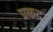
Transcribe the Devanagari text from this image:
प्रकद